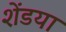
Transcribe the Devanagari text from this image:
शेंडया